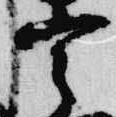
宰